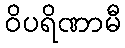
ဝိပရိဏာမီ